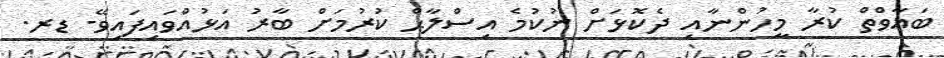
ބަޣާވްތް ކުރާ މީހުންނާއި ދެކޮޅަށް ނުކުމެ އިސްލާޙް ކުރުމަށް ބާރު އަޅުއްވައިފައިވޭ- ޑރ.